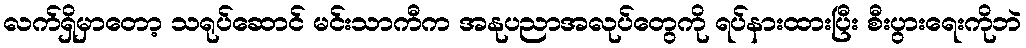
လက်ရှိမှာတော့ သရုပ်ဆောင် မင်းသာကီက အနုပညာအလုပ်တွေကို ရပ်နားထားပြီး စီးပွားရေးကိုဘဲ